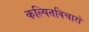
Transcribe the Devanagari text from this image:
कल्पितविचारों